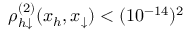
\rho _ { h \downarrow } ^ { ( 2 ) } ( x _ { h } , x _ { \downarrow } ) < ( 1 0 ^ { - 1 4 } ) ^ { 2 }